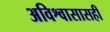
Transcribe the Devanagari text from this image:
अविश्वासासही